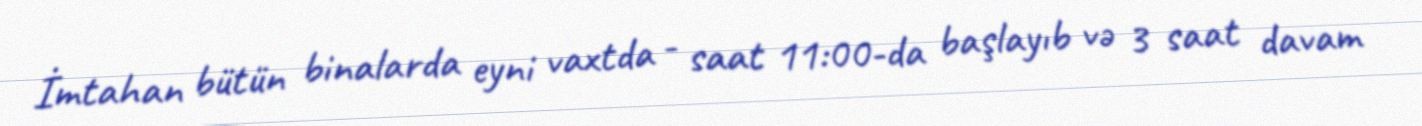
İmtahan bütün binalarda eyni vaxtda - saat 11:00-da başlayıb və 3 saat davam